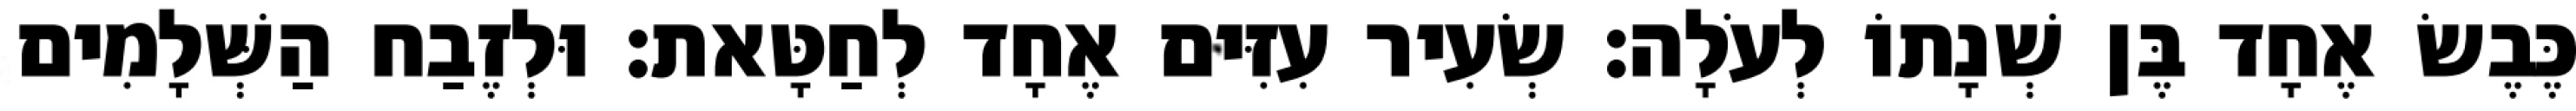
כֶּבֶשׂ אֶחָד בֶּן שְׁנָתוֹ לְעֹלָה׃ שְׂעִיר עִזִּים אֶחָד לְחַטָּאת׃ וּלְזֶבַח הַשְּׁלָמִים